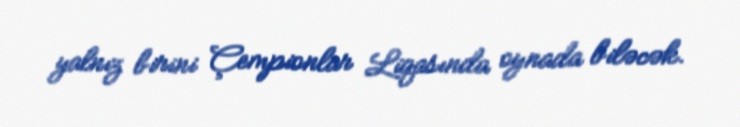
yalnız birini Çempionlar Liqasında oynada biləcək.